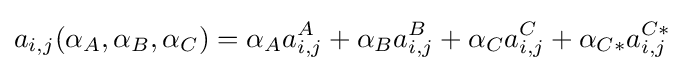
a_{i,j}(\alpha _{A},\alpha _{B},\alpha _{C})=\alpha _{A}a_{i,j}^{A}+\alpha _{B}a_{i,j}^{B}+\alpha _{C}a_{i,j}^{C}+\alpha _{C*}a_{i,j}^{C*}